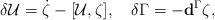
LaTeX: \begin{align*}\delta\mathcal{U}=\dot\zeta-[\mathcal{U},\zeta],\quad\delta\Gamma=-\mathbf{d}^\Gamma\zeta,\end{align*}